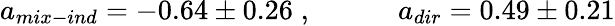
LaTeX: a_{mix-ind}=-0.64\pm 0.26\; ,~~~~~~~~~~~~a_{dir}=0.49\pm 0.21